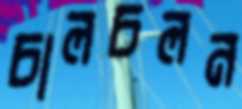
চালচলন